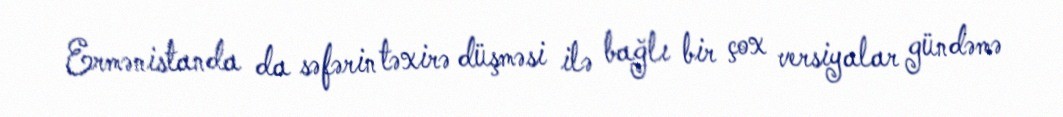
Ermənistanda da səfərin təxirə düşməsi ilə bağlı bir çox versiyalar gündəmə